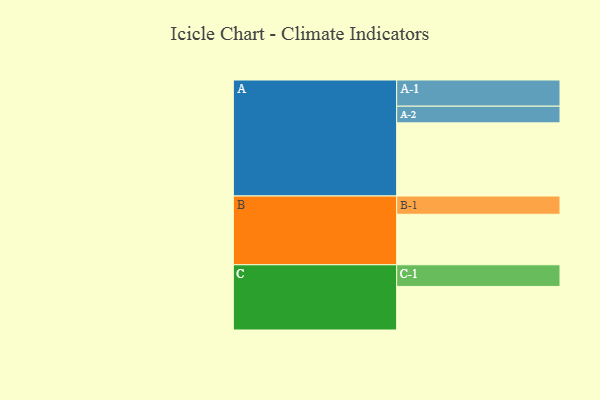
{"axis": {"x": "Segment", "y": "Value"}, "legend": ["", "A", "B", "C"], "data": [{"x": "A", "y": 517, "type": ""}, {"x": "B", "y": 357, "type": ""}, {"x": "C", "y": 308, "type": ""}, {"x": "A-1", "y": 185, "type": "A"}, {"x": "A-2", "y": 118, "type": "A"}, {"x": "B-1", "y": 129, "type": "B"}, {"x": "C-1", "y": 153, "type": "C"}]}